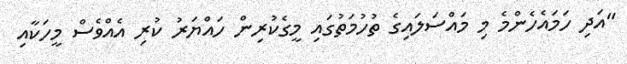
"އަދި ހަމައެހެންމެ މި މައްސަލައިގެ ތުހުމަތުގައި މީގެކުރިން ހައްޔަރު ކުރި އެއްވެސް މީހަކާއި